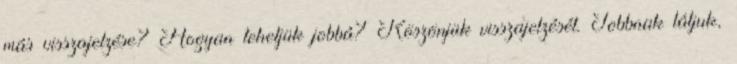
más visszajelzése? Hogyan tehetjük jobbá? Köszönjük visszajelzését. Jobbnak látjuk,